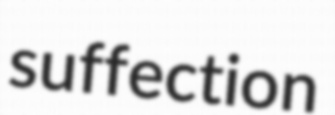
suffection